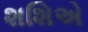
શશિએ